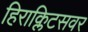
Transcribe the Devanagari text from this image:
हिराक्लिटसवर